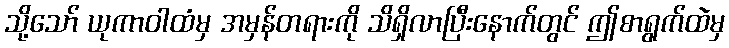
သို့သော် ယုကာဝါထံမှ အမှန်တရားကို သိရှိလာပြီးနောက်တွင် ဤစာရွက်ထဲမှ